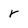
Character: r